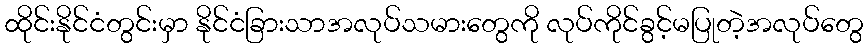
ထိုင်းနိုင်ငံတွင်းမှာ နိုင်ငံခြားသာအလုပ်သမားတွေကို လုပ်ကိုင်ခွင့်မပြုတဲ့အလုပ်တွေ